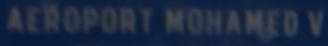
AEROPORT MOHAMED V